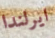
ايرلندا